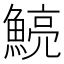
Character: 𩹗